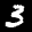
Label: 3